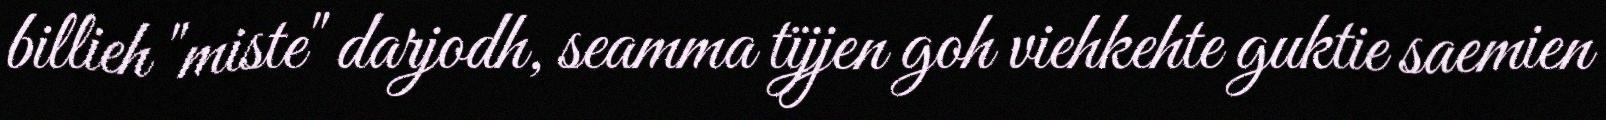
billieh "miste" darjodh, seamma tïjjen goh viehkehte guktie saemien